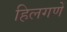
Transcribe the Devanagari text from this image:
हिलगणें